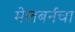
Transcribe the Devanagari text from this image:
मेलबर्नचा